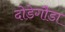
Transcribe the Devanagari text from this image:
दोडेगौडा